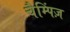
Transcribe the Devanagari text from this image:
चैम्पिंज़